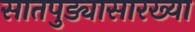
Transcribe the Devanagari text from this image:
सातपुड्यासारख्या